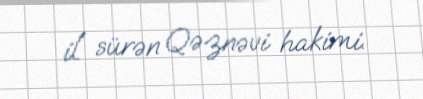
il sürən Qəznəvi hakimi.